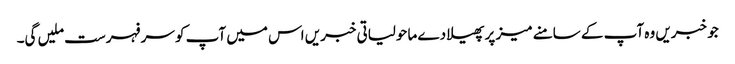
جو خبریں وہ آپ کے سامنے میز پر پھیلا دے ماحولیاتی خبریں اس میں آپ کو سر فہرست ملیں گی۔